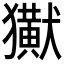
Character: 𤣊